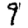
Digit: 9